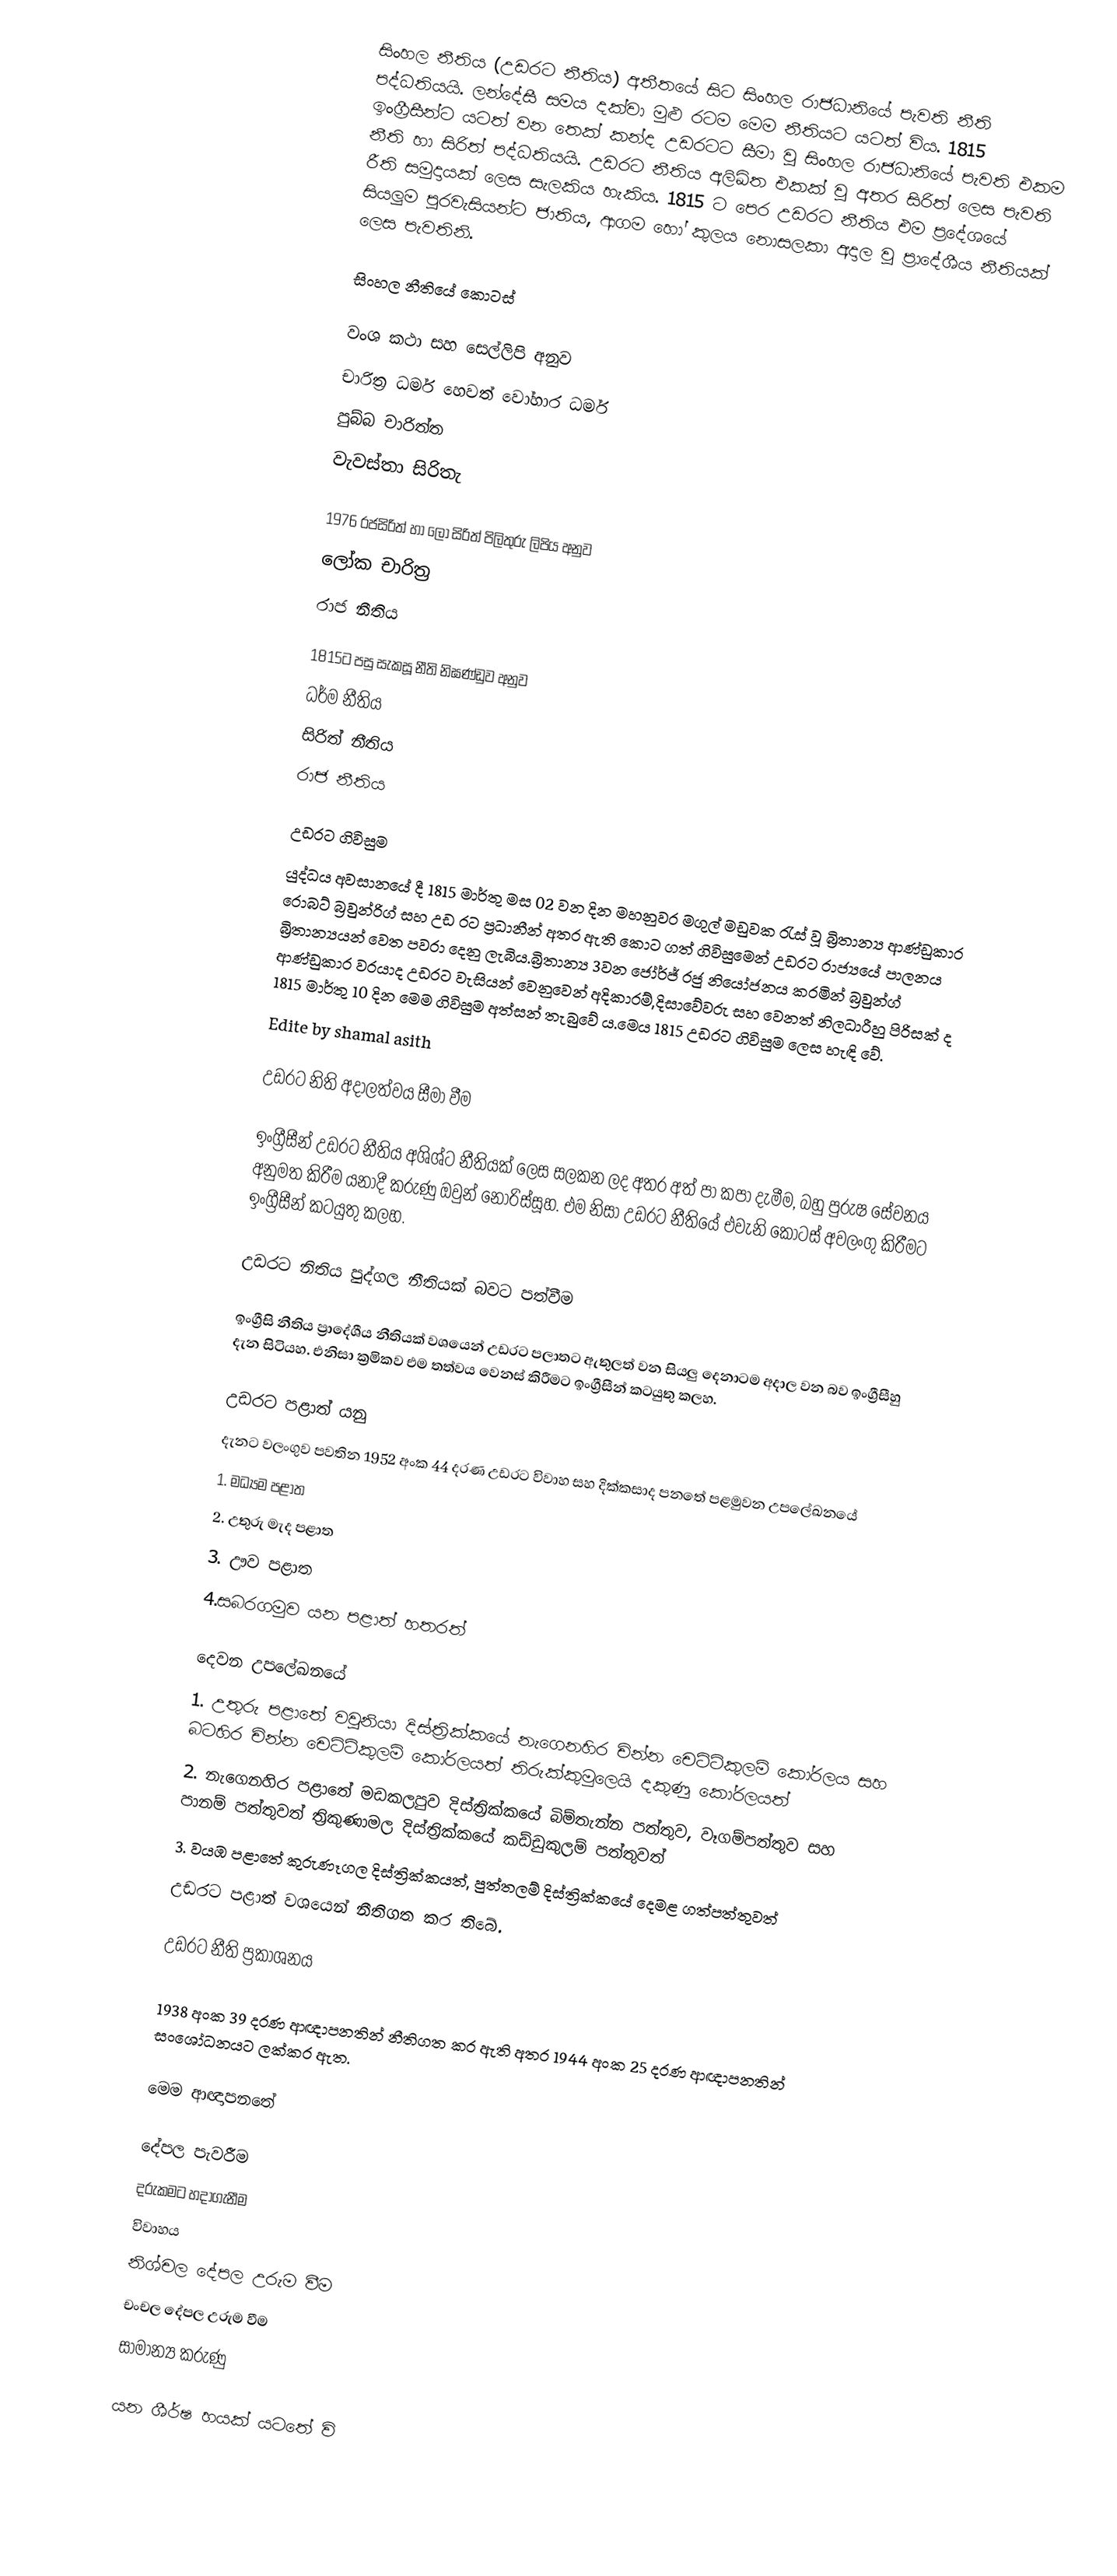
සිංහල නීතිය (උඩරට නීතිය) අතීතයේ සිට සිංහල රාජධානියේ පැවති නීති පද්ධතියයි. ලන්දේසී සමය දක්වා මුළු රටම මෙම නීතියට යටත් විය. 1815 ඉංග්‍රීසීන්ට යටත් වන තෙක් කන්ද උඩරටට සීමා වූ සිංහල  රාජධානියේ පැවති එකම නීති හා සිරිත් පද්ධතියයි. උඩරට නීතිය අලිඛිත එකක් වූ අතර සිරිත් ලෙස පැවති රීති සමුදායක් ලෙස සැලකිය හැකිය. 1815 ට පෙර උඩරට නීතිය එම ප්‍රදේශයේ සියලුම පුරවැසියන්ට ජාතිය, ආගම හෝ කුලය නොසලකා අදාල වූ ප්‍රාදේශීය නීතියක් ලෙස පැවතිනි.

සිංහල නීතියේ කොටස්

වංශ කථා සහ සෙල්ලිපි අනුව
 චාරිත‍්‍ර ධර්ම හෙවත් වෝහාර ධර්ම
 පුබ්බ චාරිත‍්ත
 වැවස්තා සිරිතැ

1976 රජසිරිත් හා ලෝ සිරිත් පිලිතුරු ලිපිය අනුව
 ලෝක චාරිත්‍ර
 රාජ නීතිය

1815ට පසු සැකසූ නීති නිඝණ්ඩුව අනුව
 ධර්ම නීතිය
 සිරිත් නීතිය
 රාජ නීතිය

උඩරට ගිවිසුම
යුද්ධය අවසානයේ දී 1815 මාර්තු මස 02 වන දින මහනුවර මගුල් මඩුවක රැස් වූ බ්‍රිතාන්‍ය ආණ්ඩුකාර රොබට් බ්‍රවුන්රිග් සහ උඩ රට ප්‍රධානීන් අතර ඇති කොට ගත් ගිවිසුමෙන් උඩරට රාජ්‍යයේ පාලනය බ්‍රිතාන්‍යයන් වෙත පවරා දෙනු ලැබිය.බ්‍රිතාන්‍ය 3වන ජෝර්ජ් රජු නියෝජනය කරමින් බ්‍රවුන්ග් ආණ්ඩුකාර වරයාද උඩරට වැසියන් වෙනුවෙන් අදිකාරම්,දිසාවේවරු සහ වෙනත් නිලධාරීහු පිරිසක් ද 1815 මාර්තු 10 දින මෙම ගිවිසුම අත්සන් තැබුවේ ය.මෙය 1815 උඩරට ගිවිසුම ලෙස හැඳි වේ.
Edite by shamal asith

උඩරට නිති අදාලත්වය සීමා වීම

ඉංග්‍රීසීන් උඩරට නීතිය අශිශ්ට නීතියක් ලෙස සලකන ලද අතර අත් පා කපා දැමීම, බහු පුරුෂ සේවනය අනුමත කිරීම යනාදී කරුණු ඔවුන් නොරිස්සූහ. එම නිසා උඩරට නීතියේ එවැනි කොටස් අවලංගු කිරීමට ඉංග්‍රීසීන් කටයුතු කලහ.

උඩරට නිතිය පුද්ගල නීතියක් බවට පත්වීම

ඉංග්‍රීසි නීතිය ප්‍රාදේශීය නීතියක් වශයෙන් උඩරට පලාතට ඇතුලත් වන සියලු දෙනාටම අදාල වන බව ඉංග්‍රීසීහු දැන සිටියහ. එනිසා ක්‍රමිකව එම තත්වය වෙනස් කිරීමට ඉංග්‍රීසීන් කටයුතු කලහ.

උඩරට පළාත් යනු
දැනට වලංගුව පවතින 1952 අංක 44 දරණ උඩරට විවාහ සහ දික්කසාද පනතේ පළමුවන උපලේඛනයේ
1. මධ්‍යම පළාත
2. උතුරු මැද පළාත
3. ඌව පළාත
4.සබරගමුව යන පළාත් හතරත්

දෙවන උපලේඛනයේ
1. උතුරු පළාතේ වවුනියා දිස්ත්‍රික්කයේ නැගෙනහිර චින්න චෙට්ටිකුලම් කෝරලය සහ බටහිර චින්න චෙට්ටිකුලම් කෝරලයත් තිරුක්කුමුලෙයි දකුණු කෝරලයත්
2. නැගෙනහිර පළාතේ මඩකලපුව දිස්ත්‍රික්කයේ බිම්තැන්න පත්තුව, වෑගම්පත්තුව සහ පානම් පත්තුවත් ත්‍රිකුණාමල දිස්ත්‍රික්කයේ කඩ්ඩුකුලම් පත්තුවත්
3. වයඹ පළාතේ කුරුණෑගල දිස්ත්‍රික්කයත්, පුත්තලම් දිස්ත්‍රික්කයේ දෙමළ ගත්පත්තුවත්
උඩරට පළාත් වශයෙන් නීතිගත කර තිබේ.

උඩරට නීති ප්‍රකාශනය

1938 අංක 39 දරණ ආඥාපනතින් නීතිගත කර ඇති අතර 1944 අංක 25 දරණ ආඥාපනතින් සංශෝධනයට ලක්කර ඇත.

මෙම ආඥාපනතේ

 දේපල පැවරීම
 දරුකමට හදාගැනීම
විවාහය
 නිශ්චල දේපල උරුම වීම
 චංචල දේපල උරුම වීම
 සාමාන්‍ය කරුණු

යන ශීර්ෂ හයක් යටතේ වි